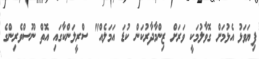
ފިޔަވަޅު އެޅުމަށް ގޮވާލުމަކީ ވަރަށް ޒިންމާދާރުކަން ކުޑަ އަމަލެއް" ސްރީލަންކާގައި އޮތް ނޫސްވެރިންގެ